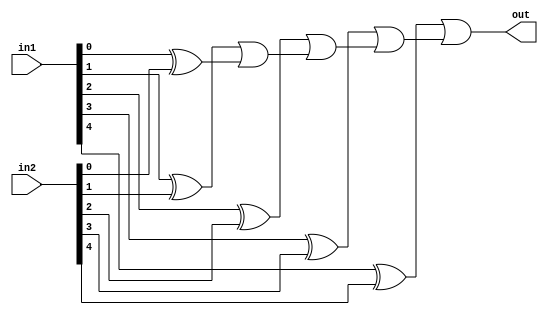
module is_ne(out, in1, in2);
	output out;
	input[4:0] in1, in2;

	wire[4:0] w;

	// finding if the two inputs are different
	genvar i;
	generate
		for(i=0; i<5; i = i+1) begin : comparing
			xor ai(w[i], in1[i], in2[i]);
		end
	endgenerate 
	
	wire[4:0] w2;
	
	//Checking if w consists 1 
	and a0 (w2[0], w[0], w[0]);
	
	genvar j;
	generate
		for(j=1; j<5; j = j+1) begin : find1
			or aj(w2[j], w[j], w2[j-1]);
		end
	endgenerate
		
	and finding_output (out, w2[4], w2[4]);
		
endmodule